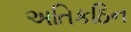
અતિકઠિન